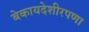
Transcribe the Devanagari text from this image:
बेकायदेशीरपणा